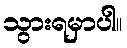
သွားရမှာပါ။